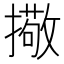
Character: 擏